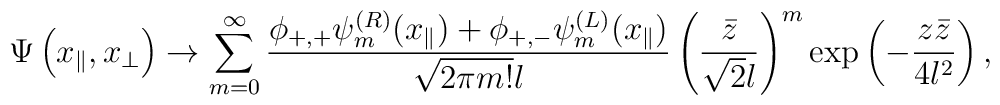
\Psi\left(x_{\parallel},x_{\perp}\right)\to\sum_{m=0}^{\infty}\frac{\phi_{+,+}\psi^{(R)}_{m} (x_{\parallel})+\phi_{+,-}\psi^{(L)}_{m} (x_{\parallel}) }{\sqrt{2\pi m!} l} \left(\frac{\bar{z}}{\sqrt{2}l}\right)^{m}\exp\left(-\frac{z\bar{z}}{4l^2}\right) ,